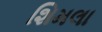
શિમલા